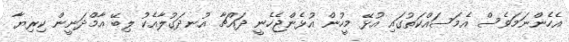
އެހެންނަމަވެސް އެމަސައްކަތުގައި އުޅޭ މީހުން އުޅެންޖެހެނީ ދައްޗާ އުނދަގުލާއެކު ލިބޭ އާމްދަނީން ކިރިޔާ